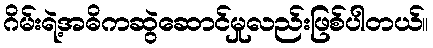
ဂိမ်းရဲ့အဓိကဆွဲဆောင်မှုလည်းဖြစ်ပါတယ်။